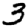
Digit: 3